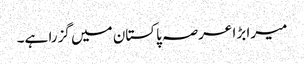
میرا بڑا عرصہ پاکستان میں گزرا ہے۔